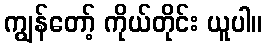
ကျွန်တော့် ကိုယ်တိုင်း ယူပါ။